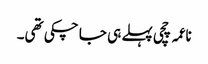
ناعمہ چچی پہلے ہی جا چکی تھی۔